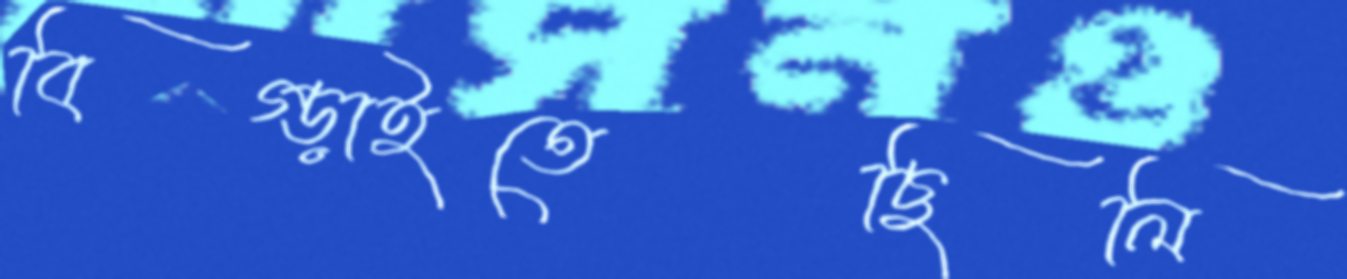
বিগ্‌ড়াইতেছিলি